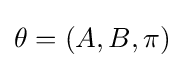
\theta =(A,B,\pi )